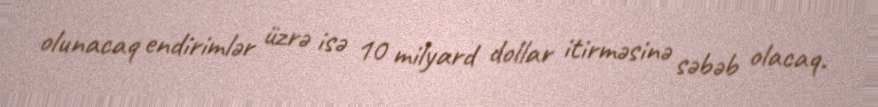
olunacaq endirimlər üzrə isə 10 milyard dollar itirməsinə səbəb olacaq.